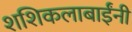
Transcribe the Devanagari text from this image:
शशिकलाबाईंनी